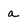
Character: a